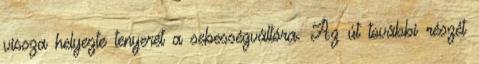
vissza helyezte tenyerét a sebességváltóra. Az út további részét